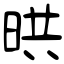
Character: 晎